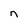
Character: n